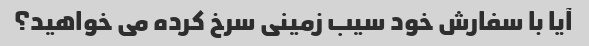
آیا با سفارش خود سیب زمینی سرخ کرده می خواهید؟